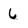
Character: 6